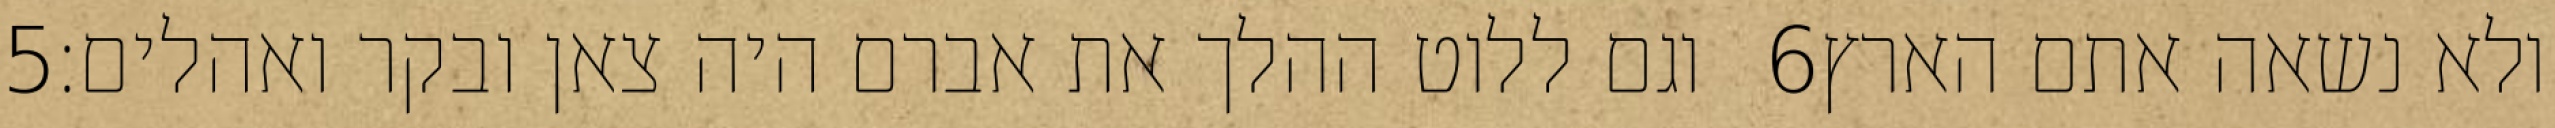
‎5‏ וגם ללוט ההלך את אברם היה צאן ובקר ואהלים׃ ‎6‏ ולא נשאה אתם הארץ